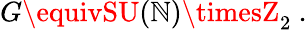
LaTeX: G\equivSU(\mathbb{N})\timesZ_{2}\ .